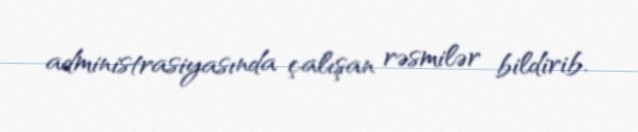
administrasiyasında çalışan rəsmilər bildirib.